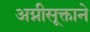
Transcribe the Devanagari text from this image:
अग्नीसूक्ताने